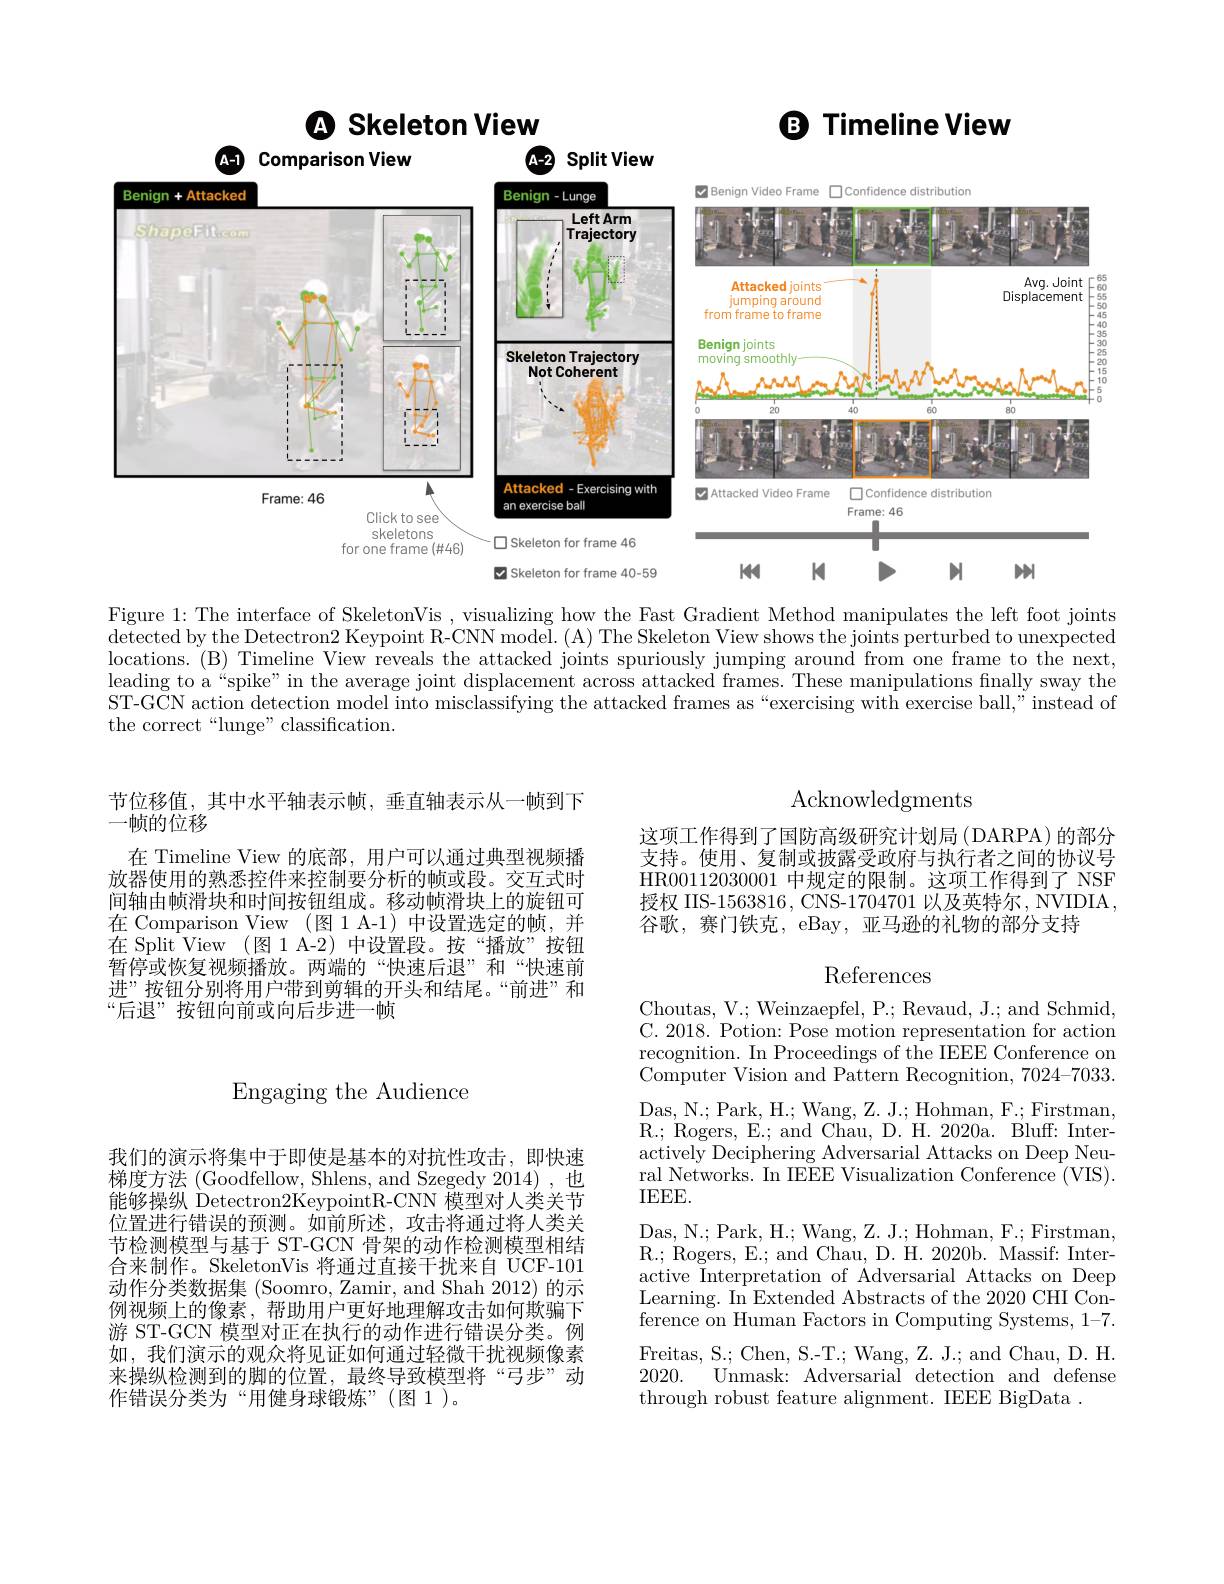
B Timeline View

Q Skeleton View

A-1 Comparison View
View
<FigureHere>
D Skeleton for frame 40-59
KK
K
>
M
M

Figure 1:The interface of SkeletonVis , visualizing how the Fast Gradient Method manipulates the left foot joints $\begin{aligned}\text{detected by the Detectron2 Keypoint R-CNN model.(A) The Skeleton View shows the joints perturbed to unexpected}\\\text{detected by the Detectron2 Keypoint R-CNN model.(A) The Skeleton View shows the joints perturb}\\\text{oints perturbed to unexpected}\end{aligned}$ locations. (B) Timeline View reveals the attacked joints spuriously jumping around from one frame to the next, leading to a“spike” in the average joint displacement across attacked frames. These manipulations finally sway the ST-GCN action detection model into misclassifying the attacked frames as“exercising with exercise ball," instead of the correct“lunge”classification.

## Acknowledgments

这项工作得到了国防高级研究计划局(DARPA)的部分支持。使用、复制或披露受政府与执行者之间的协议号HR00112030001 中规定的限制。这项工作得到了 NSF 授权 IIS-1563816, CNS-1704701 以及英特尔，NVIDIA, 谷歌，赛门铁克，eBay, 亚马逊的礼物的部分支持

节位移值，其中水平轴表示帧，垂直轴表示从一帧到下
一帧的位移
在 Timeline View 的底部，用户可以通过典型视频播放器使用的熟悉控件来控制要分析的帧或段。交互式时间轴由帧滑块和时间按钮组成。移动帧滑块上的旋钮可在 Comparison View (图1 A-1)中设置选定的帧，并在 Split View (图 1 A-2) 中设置段。按“播放”按钮暂停或恢复视频播放。两端的“快速后退”和“快速前进”按钮分别将用户带到剪辑的开头和结尾。“前进”和“后退”按钮向前或向后步进一帧

# References

Engaging the Audience

Choutas, V.; Weinzaepfel, P.; Revaud, J.; and Schmid, C. 2018. Potion: Pose motion representation for action recognition. In Proceedings of the IEEE Conference on $\bar{\text{Computer Vision and Pattern Recognition, 7024-7033.}}$ Das, N. ; Park, H. ; Wang, Z. J. ; Hohman, F. ; Firstman, R.; Rogers, E.; and Chau, D. H. 2020a. Bluff: Interactively Deciphering Adversarial Attacks on Deep Neural Networks. In IEEE Visualization Conference (VIS). IEEEE.
Das, N. ; Park, H. ; Wang, Z. J. ; Hohman, F. ; Firstman, R.; Rogers, E.; and Chau, D. H. 2020b. Massif: Interactive Interpretation of Adversarial Attacks on Deep Learning. In Extended Abstracts of the 2020 CHI Conference on Human Factors in Computing Systems, 1-7. Freitas, S.; Chen, S.-T.; Wang, Z. J.; and Chau, D. H. 2020. Unmask: Adversarial detection and defense through robust feature alignment. IEEE BigData .

我们的演示将集中于即使是基本的对抗性攻击，即快速梯度方法 (Goodfellow, Shlens, and Szegedy 2014),也能够操纵 Detectron2KeypointR-CNN 模型对人类关节位置进行错误的预测。如前所述，攻击将通过将人类关节检测模型与基于 ST-GCN 骨架的动作检测模型相结合来制作。SkeletonVis 将通过直接干扰来自 UCF-101动作分类数据集 (Soomro, Zamir, and Shah 2012) 的示例视频上的像素，帮助用户更好地理解攻击如何欺骗下游 ST-GCN 模型对正在执行的动作进行错误分类。例如，我们演示的观众将见证如何通过轻微干扰视频像素来操纵检测到的脚的位置，最终导致模型将“弓步”动作错误分类为“用健身球锻炼”(图1)。